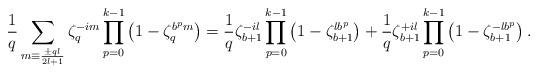
LaTeX: \begin{align*}\frac{1}{q}\sum_{m\equiv \frac{\pm ql}{2l+1}}\zeta_q^{-im}\prod_{p=0}^{k-1}\left(1-\zeta_q^{b^pm}\right)&=\frac{1}{q}\zeta_{b+1}^{-il}\prod_{p=0}^{k-1}\left(1-\zeta_{b+1}^{lb^p}\right)+\frac{1}{q}\zeta_{b+1}^{+il}\prod_{p=0}^{k-1}\left(1-\zeta_{b+1}^{-lb^p}\right).\end{align*}